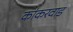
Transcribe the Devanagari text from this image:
कांकरवाड